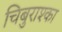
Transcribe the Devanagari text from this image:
चिबुराश्का